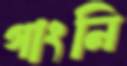
গাংনি